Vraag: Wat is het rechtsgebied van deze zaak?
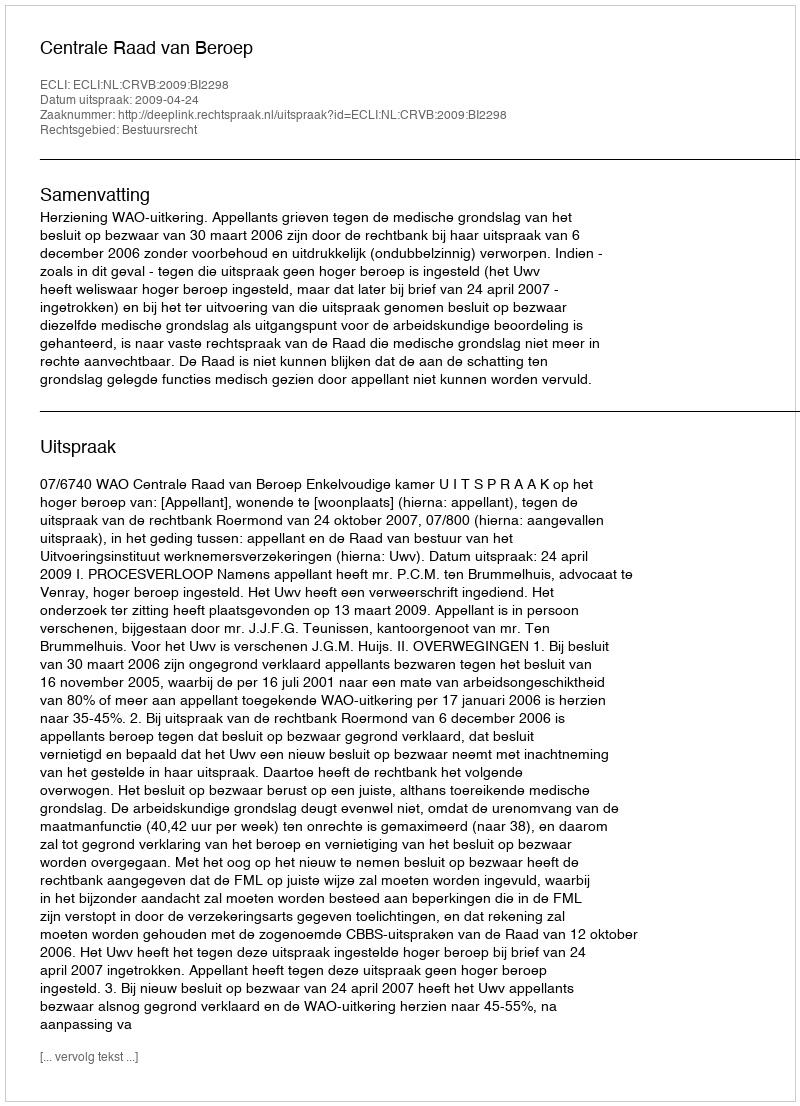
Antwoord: Bestuursrecht